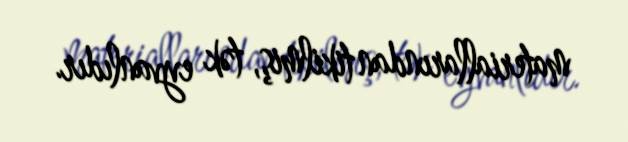
materiallarından tikilmiş, tək eyvanlıdır.